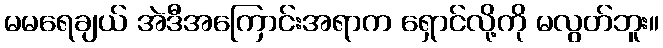
မမရေချယ် အဲဒီအကြောင်းအရာက ရှောင်လို့ကို မလွတ်ဘူး။